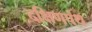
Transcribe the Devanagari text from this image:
दक्षिणपंथ